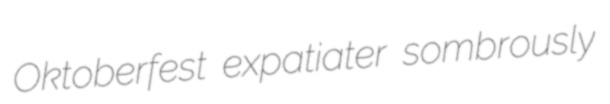
Oktoberfest expatiater sombrously